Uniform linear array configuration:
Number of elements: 48
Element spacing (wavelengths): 0.5
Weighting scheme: blackman
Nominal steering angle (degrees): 0
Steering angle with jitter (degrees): -1.735
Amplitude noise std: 0.05
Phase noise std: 0.05

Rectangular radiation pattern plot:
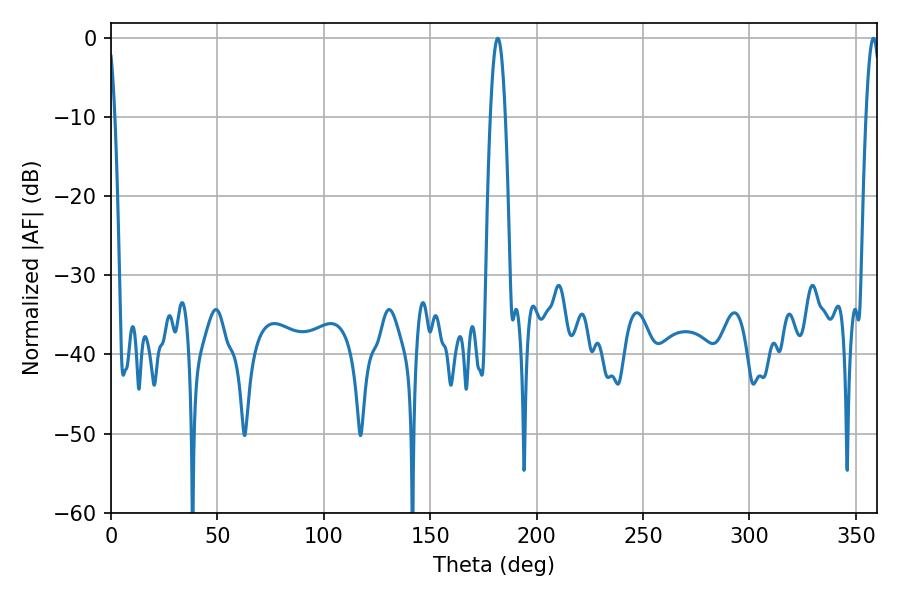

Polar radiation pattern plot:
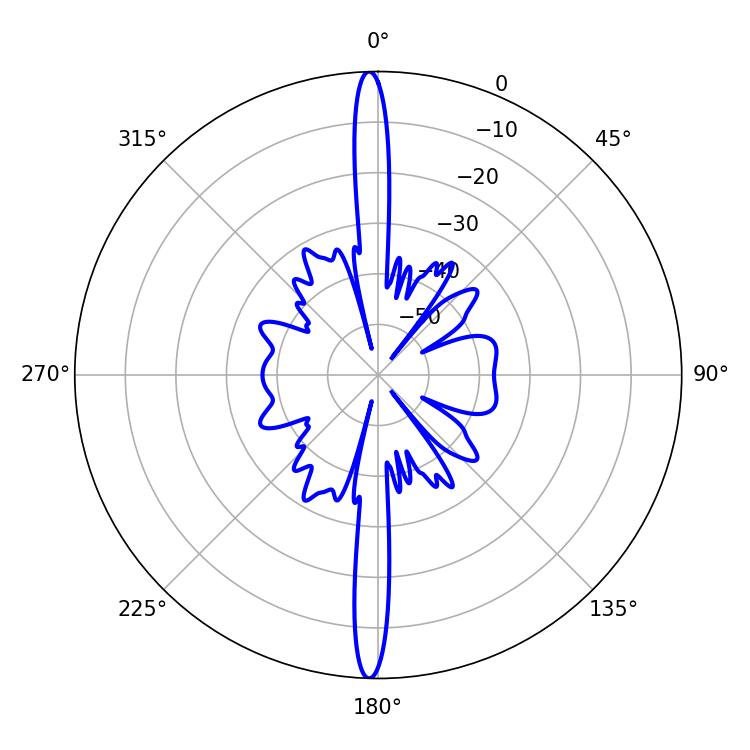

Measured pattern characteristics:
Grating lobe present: FALSE
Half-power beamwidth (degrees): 3.6
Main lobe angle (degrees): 358.2